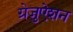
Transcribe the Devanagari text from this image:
ग्रेजुऐशन